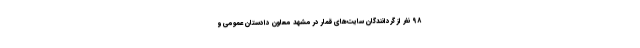
۹۸ نفر از گردانندگان سایت‌های قمار در مشهد معاون دادستان عمومی و